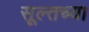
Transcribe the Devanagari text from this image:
सूल्तच्या